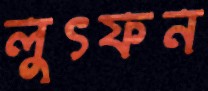
লুৎফন